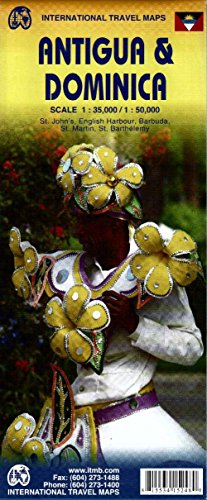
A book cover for Antigua and Dominica Travel Map 1:35k/1:50k; Itmb Publishing LTD; Travel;